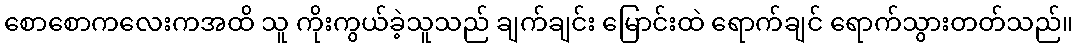
စောစောကလေးကအထိ သူ ကိုးကွယ်ခဲ့သူသည် ချက်ချင်း မြောင်းထဲ ရောက်ချင် ရောက်သွားတတ်သည်။